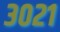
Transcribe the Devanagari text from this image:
३०२१